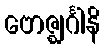
ဗောဇ္ဈင်္ဂါနိ